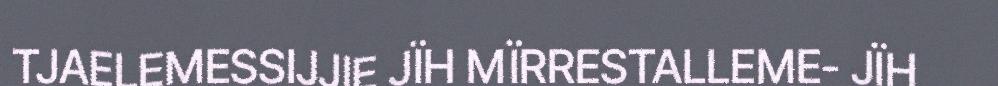
TJAELEMESSIJJIE JÏH MÏRRESTALLEME- JÏH